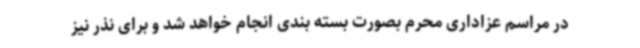
در مراسم عزاداری محرم بصورت بسته بندی انجام خواهد شد و برای نذر نیز